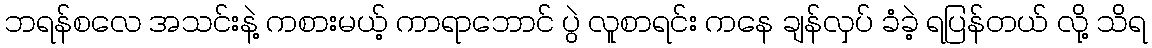
ဘရန်စလေ အသင်းနဲ့ ကစားမယ့် ကာရာဘောင် ပွဲ လူစာရင်း ကနေ ချန်လှပ် ခံခဲ့ ရပြန်တယ် လို့ သိရ